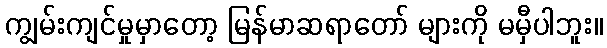
ကျွမ်းကျင်မှုမှာတော့ မြန်မာဆရာတော် များကို မမှီပါဘူး။